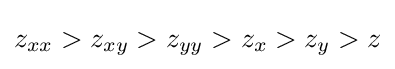
z_{xx}>z_{xy}>z_{yy}>z_{x}>z_{y}>z